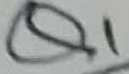
Text: Q1